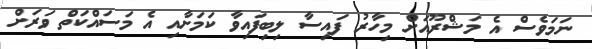
ނަމަވެސް އެ މަޝްރޫއަށް މިހާރު ފައިސާ ލިބިފައިވާ ކަމަށާއި އެ މަސައްކަތް ވަރަށް